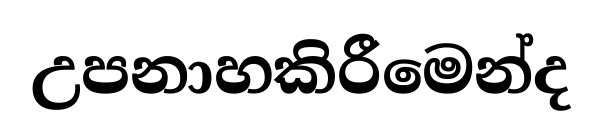
උපනාහකිරීමෙන්ද